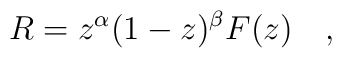
R=z^{\alpha }(1-z)^{\beta }F(z)\quad,